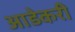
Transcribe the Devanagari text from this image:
आडेकरी